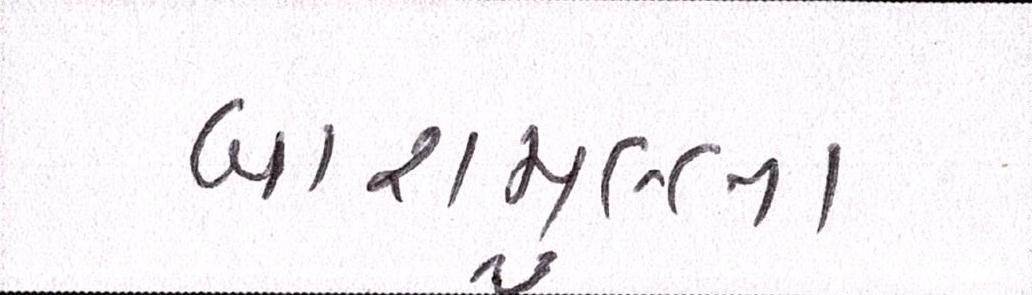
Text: બારામુલ્લા